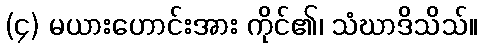
(၄) မယားဟောင်းအား ကိုင်၏၊ သံဃာဒိသိသ်။